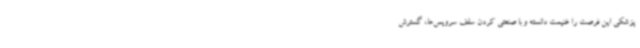
پزشکی این فرصت را غنیمت دانسته و با صنعتی کردن سلف سرویس‌ها، گسترش